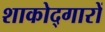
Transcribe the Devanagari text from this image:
शाकोद्गारों